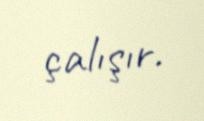
çalışır.